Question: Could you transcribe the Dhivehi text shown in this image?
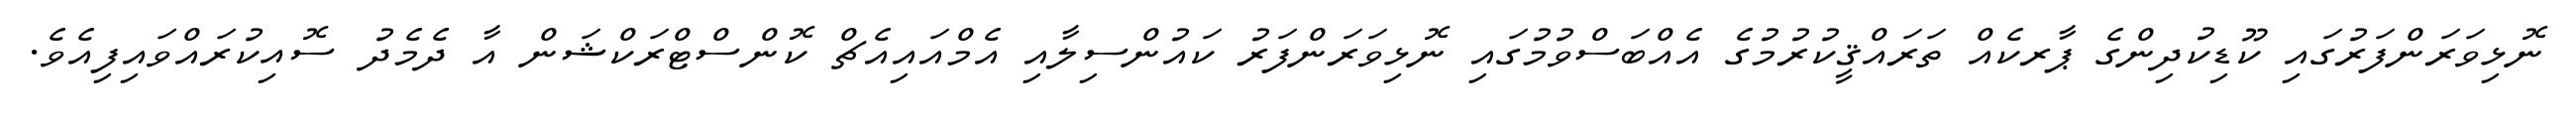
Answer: ނޮޅިވަރަންފަރުގައި ކޫޑިކުދިންގެ ޕާރކެއް ތަރައްޤީކުރުމުގެ އެއްބަސްވުމުގައި ނޮޅިވަރަންފަރު ކައުންސިލާއި އެމްއައިއެޗް ކޮންސްޓްރަކްޝަން އާ ދެމެދު ސޮއިކުރައްވައިފިއެވެ.